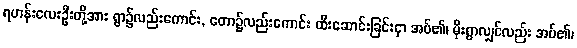
ရဟန်းလေးဦးတို့အား ရွာ၌လည်းကောင်း, တော၌လည်းကောင်း ထီးဆောင်းခြင်းငှာ အပ်၏၊ မိုးရွာလျှင်လည်း အပ်၏၊